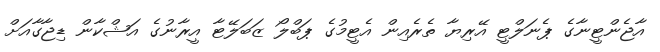
އާޖެންޓީނާގެ ޕެނަލްޓީ އޭރިޔާ ތެރެއިން އެޓީމުގެ ޕަބްލޯ ޒަބަލޭޓާ އީރާނުގެ އަޝްކާން ޑިޖާގާއަށް